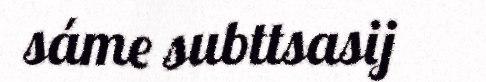
sáme subttsasij